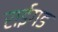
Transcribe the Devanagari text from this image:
राईगड